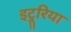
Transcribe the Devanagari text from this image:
इट्रूरिया